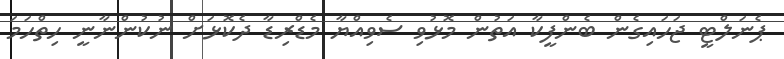
ޕެނަލްޓީ ޖަހައިގެން ބެންފީކާ އަތުން މޮޅުވި ސެވިއްޔާ މެޑްރިޑާ ދެކޮޅަށް ނުކުންނާނީ ހިތްހަމަ